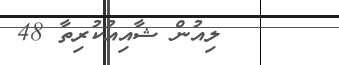
ލިއުން ޝާއިއުކުރިތާ 48